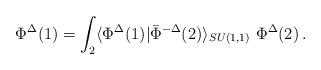
LaTeX: \begin{align*} \Phi^\Delta(1) = \int_2 \langle \Phi^\Delta(1)| \bar\Phi^{-\Delta}(2)\rangle_{SU(1,1)} \ \Phi^\Delta(2)\,.\end{align*}